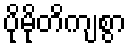
ပိုမိုတိကျစွာ